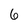
Character: 6